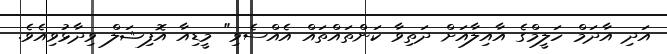
އަދި އާދަމް ހަލީމްގެ އާއިލާއަށް ދަތިވާ ކަންތައްތައް އެއްސެވި" މީޑިއާ އޮފިޝަލް ވިދާޅުވިއެވެ.